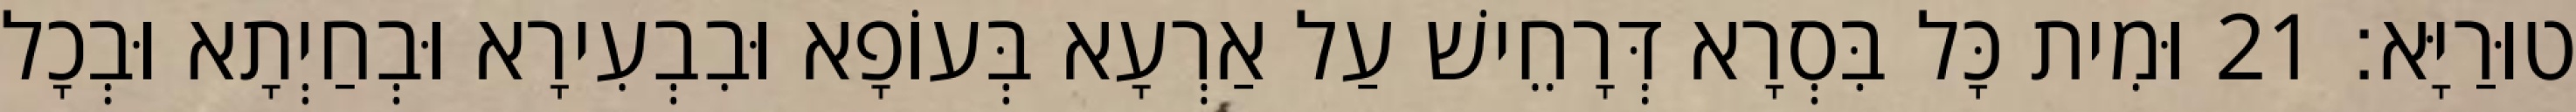
טוּרַיָּא׃ 21 וּמִית כָּל בִּסְרָא דְּרָחֵישׁ עַל אַרְעָא בְּעוֹפָא וּבִבְעִירָא וּבְחַיְתָא וּבְכָל